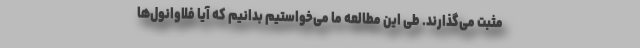
مثبت می‌گذارند. طی این مطالعه ما می‌خواستیم بدانیم که آیا فلاوانول‌ها